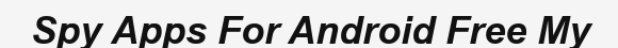
Spy Apps For Android Free My